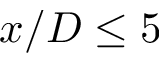
x / D \le 5